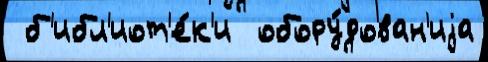
 б'ибл'иот'е́к'и  обору́дован'иjа